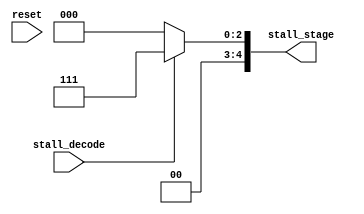
`timescale 1ns / 1ps
//////////////////////////////////////////////////////////////////////////////////
// Company: 
// Engineer: 
// 
// Design Name: 
// Module Name: stall_ctrl
// Project Name: 
// Target Devices: 
// Tool Versions: 
// Description: 
// 
// Dependencies: 
// 
// Revision:
// Revision 0.01 - File Created
// Additional Comments:
// 
//////////////////////////////////////////////////////////////////////////////////


module stall_ctrl(
    input reset,
    input stall_decode,
    output reg [4:0] stall_stage
    );

    always @(*) begin
        if(reset == 1) begin
            stall_stage = 5'b00000;
        end
        if(stall_decode == 1) begin
            stall_stage = 5'b00111;
        end
        else begin
            stall_stage = 5'b00000;
        end
    end

endmodule